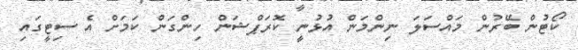
ކޯޓުން ބޭރުން މައްސަލަ ނިންމަން އުޅުނީ ކޮރަޕްޝަން ހިންގަން ކަމަށް އެ ސިޓީގައި